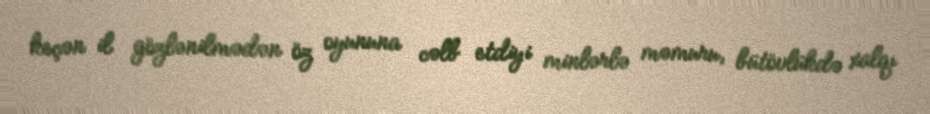
keçən il gözlənilmədən öz oyununa cəlb etdiyi minlərlə məmuru, bütövlükdə xalqı